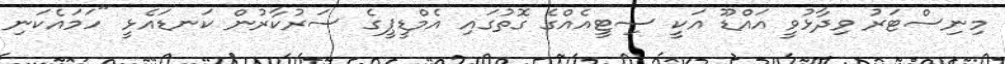
މިނިސްޓަރު ވިދާޅުވީ އައްޑޫ އަކީ ސިޓީއެއްގެ ގޮތުގައި އެމްޑީޕީގެ ސަރުކާރުން ކަނޑައެޅީ "ހަމައެކަނި